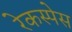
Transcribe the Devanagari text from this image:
रेकस्पेस